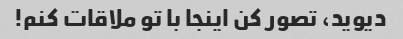
دیوید، تصور کن اینجا با تو ملاقات کنم!